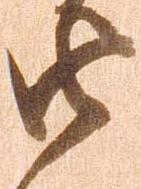
由